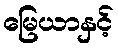
မြေယာနှင့်